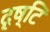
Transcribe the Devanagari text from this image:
दृष्टि